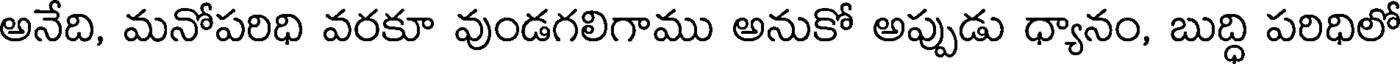
అనేది, మనోపరిధి వరకూ వుండగలిగాము అనుకో అప్పుడు ధ్యానం, బుద్ధి పరిధిలో